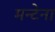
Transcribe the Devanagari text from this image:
मन्टेना